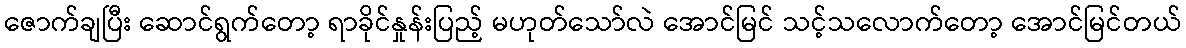
ဇောက်ချပြီး ဆောင်ရွက်တော့ ရာခိုင်နှုန်းပြည့် မဟုတ်သော်လဲ အောင်မြင် သင့်သလောက်တော့ အောင်မြင်တယ်